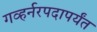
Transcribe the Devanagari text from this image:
गव्हर्नरपदापर्यंत